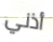
أذني